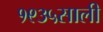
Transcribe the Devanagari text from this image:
१९३५साली